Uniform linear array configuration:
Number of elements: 8
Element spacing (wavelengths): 1
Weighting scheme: exponential
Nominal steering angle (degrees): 60
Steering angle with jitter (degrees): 61.983
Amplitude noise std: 0.05
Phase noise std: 0.05

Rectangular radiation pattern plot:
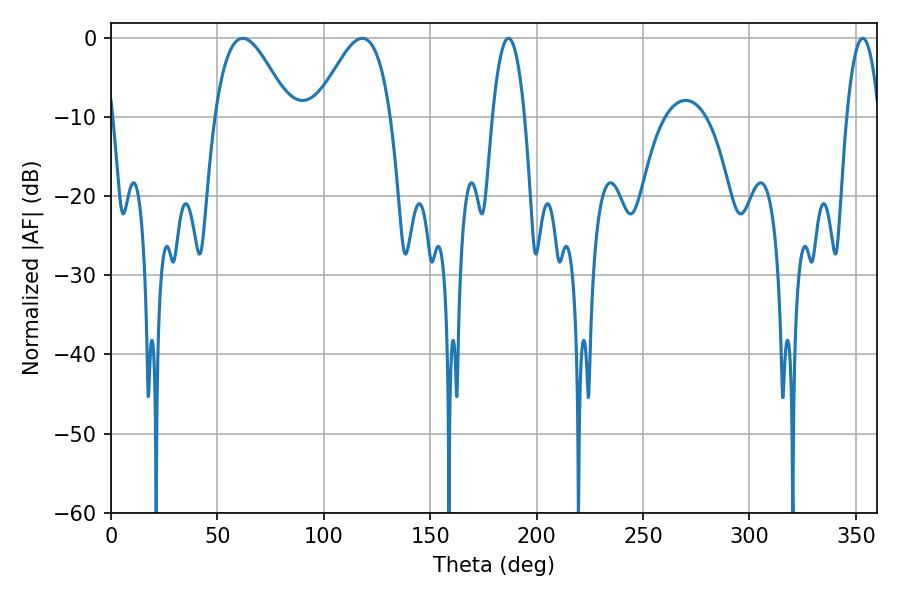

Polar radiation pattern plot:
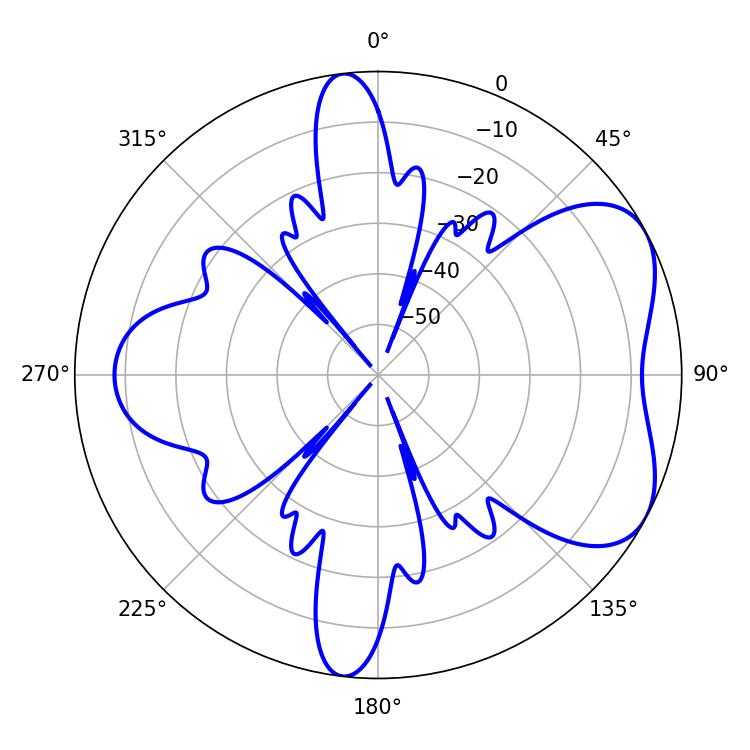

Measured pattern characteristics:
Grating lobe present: TRUE
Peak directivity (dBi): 5.495
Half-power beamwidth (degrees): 18.9
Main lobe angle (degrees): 61.92